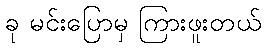
ခု မင်းပြောမှ ကြားဖူးတယ်